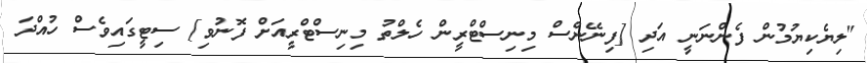
"ލިޔެކިޔުމުން ފެންނަނީ އަދި [ފިނޭންސް މިނިސްޓްރީން ހެލްތު މިނިސްޓްރީއަށް ފޮނުވި] ސިޓީގައިވެސް ހުއްދަ